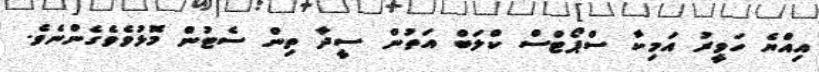
އިއްޔެ ހަވީރު އަމިކާ ސްޕޯޓްސް ކްލަބް އަތުން ސީދާ ތިން ސެޓުން މޮޅުވެވެގެންނެވެ.